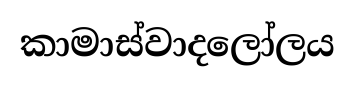
කාමාස්වාදලෝලය